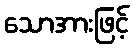
သောအားဖြင့်